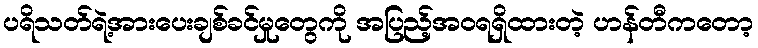
ပရိသတ်ရဲ့အားပေးချစ်ခင်မှုတွေကို အပြည့်အဝရရှိထားတဲ့ ဟန်တီကတော့